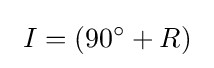
\ I=(90^{\circ }+R)\